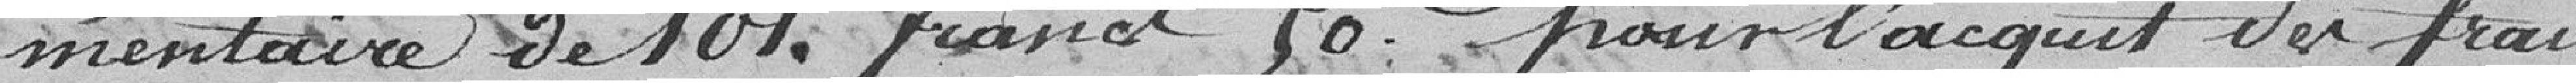
mentaire de 101 francs 50 : pour l'acquis des frais